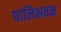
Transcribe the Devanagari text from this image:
पालिभवन